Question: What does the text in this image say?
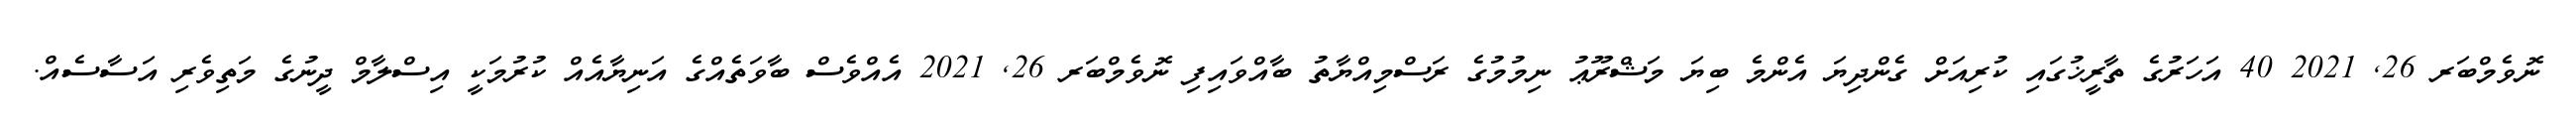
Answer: ނޮވެމްބަރ 26, 2021 40 އަހަރުގެ ތާރީޚުގައި ކުރިއަށް ގެންދިޔަ އެންމެ ބިޔަ މަޝްރޫޢު ނިމުމުގެ ރަސްމިއްޔާތު ބާއްވައިފި ނޮވެމްބަރ 26, 2021 އެއްވެސް ބާވަތެއްގެ އަނިޔާއެއް ކުރުމަކީ އިސްލާމް ދީނުގެ މަތިވެރި އަސާސެއް.